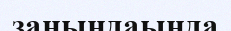
заңындаында